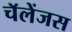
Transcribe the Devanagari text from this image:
चॅलेंजस